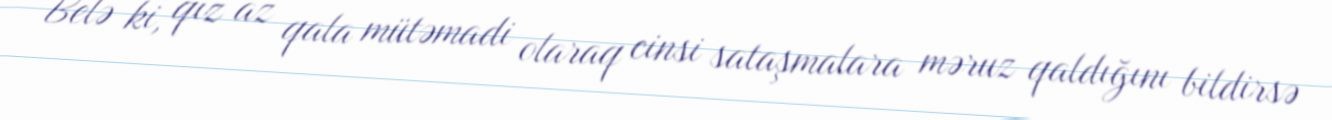
Belə ki, qız az qala mütəmadi olaraq cinsi sataşmalara məruz qaldığını bildirsə